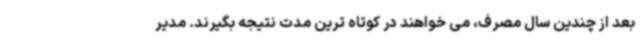
بعد از چندین سال مصرف، می خواهند در کوتاه ترین مدت نتیجه بگیرند. مدیر